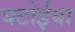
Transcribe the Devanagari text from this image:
घटोईया